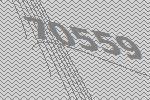
70559